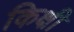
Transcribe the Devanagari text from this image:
किक्षी